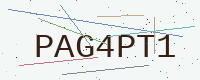
Text: PAG4PT1